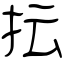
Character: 抎